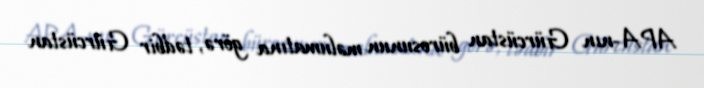
APA-nın Gürcüstan bürosunun məlumatına görə, tədbir Gürcüstan